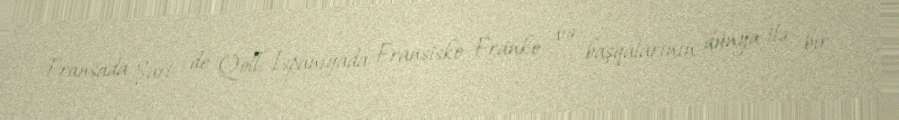
Fransada Şarl de Qoll, İspaniyada Fransisko Franko və başqalarının dünya ilə bir